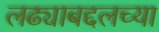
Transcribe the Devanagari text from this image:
लढ्याबद्दलच्या